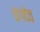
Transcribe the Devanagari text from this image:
चंगदेव